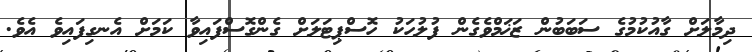
ދިމާލަށް ގާއުކުމުގެ ސަބަބުން ޒަޚަމްވެގެން ފުލުހަކު ހޮސްޕިޓަލަށް ގެންގޮސްފައިވާ ކަމަށް އެނގިފައިވެ އެވެ.